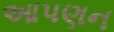
આપણન